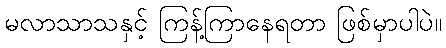
မလာသာသနှင့် ကြန့်ကြာနေရတာ ဖြစ်မှာပါပဲ။